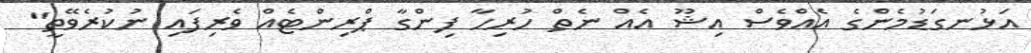
އަޅުނގަޑުމެންގެ އެއްވެސް އިޝޫ އެއް ނެތް ހުރިހާ ފިންގާ ޕްރިންޓެއް ވެރިފައި ނުކުރެވޭތީ"